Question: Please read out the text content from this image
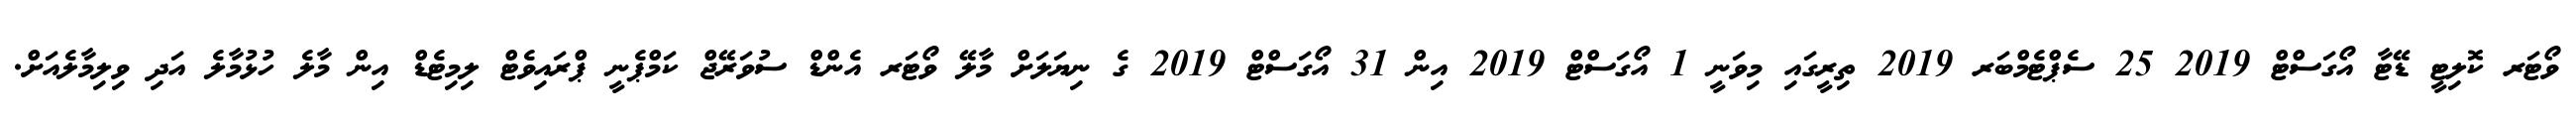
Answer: ވޯޓަރ ކޮލިޓީ ޑޭޓާ އޯގަސްޓް 2019 25 ސެޕްޓެމްބަރ 2019 ތިރީގައި މިވަނީ 1 އޯގަސްޓް 2019 އިން 31 އޯގަސްޓް 2019 ގެ ނިޔަލަށް މާލޭ ވޯޓަރ އެންޑް ސުވަރޭޖް ކަމްޕެނީ ޕްރައިވެޓް ލިމިޓެޑް އިން މާލެ ހުޅުމާލެ އަދި ވިލިމާލެއަށް.